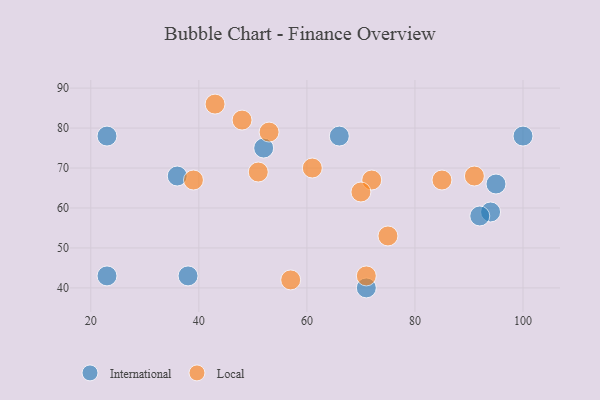
{"axis": {"x": "GDP", "y": "Life Expectancy"}, "legend": ["International", "Local"], "data": [{"x": "23", "y": 43, "type": "International"}, {"x": "23", "y": 78, "type": "International"}, {"x": "52", "y": 75, "type": "International"}, {"x": "38", "y": 43, "type": "International"}, {"x": "94", "y": 59, "type": "International"}, {"x": "95", "y": 66, "type": "International"}, {"x": "36", "y": 68, "type": "International"}, {"x": "71", "y": 40, "type": "International"}, {"x": "100", "y": 78, "type": "International"}, {"x": "66", "y": 78, "type": "International"}, {"x": "92", "y": 58, "type": "International"}, {"x": "43", "y": 86, "type": "Local"}, {"x": "71", "y": 43, "type": "Local"}, {"x": "39", "y": 67, "type": "Local"}, {"x": "48", "y": 82, "type": "Local"}, {"x": "61", "y": 70, "type": "Local"}, {"x": "57", "y": 42, "type": "Local"}, {"x": "85", "y": 67, "type": "Local"}, {"x": "72", "y": 67, "type": "Local"}, {"x": "53", "y": 79, "type": "Local"}, {"x": "51", "y": 69, "type": "Local"}, {"x": "70", "y": 64, "type": "Local"}, {"x": "91", "y": 68, "type": "Local"}, {"x": "75", "y": 53, "type": "Local"}]}